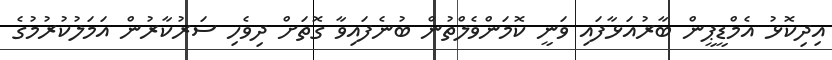
އިދިކޮޅު އެމްޑީޕީން ބާރުއަޅާފައި ވަނީ ކޮމަންވެލްތުން ބުނެފައިވާ ގޮތަށް ދިވެހި ސަރުކާރުން އަމަލުކުރުމުގެ